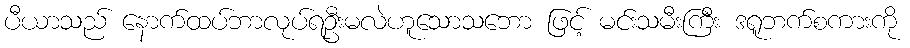
ပီယာသည် နောက်ထပ်ဘာလုပ်ရဦးမလဲဟူသောသဘော ဖြင့် မင်းသမီးကြီး ဒရူဘက်စကားကို